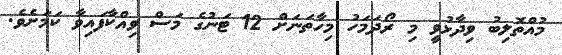
މުއްތޮލިބު ވިދާޅުވީ މި ރޯދަމަހު މިހާތަނަށް 12 ޓަނުގެ މަސް ވިއްކާފައިވާ ކަމަށެވެ.